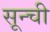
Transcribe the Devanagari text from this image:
सून्ची